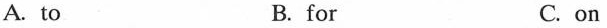
A. to B. for C. on